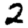
Digit: 2